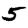
Digit: 5